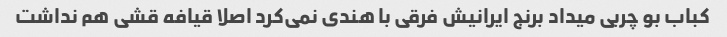
کباب بو چربی میداد برنج ایرانیش فرقی با هندی نمی‌کرد اصلا قیافه قشی هم نداشت